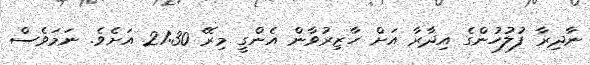
ނާދިރާ ފުލުހުންގެ އިދާރާ އަށް ހާޒިރުވާން އެންގީ މިރޭ 21:30 އަށެވެ. ނަމަވެސް